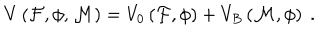
LaTeX: V \left( { \cal F } , { \cal \phi } , { \cal M } \right) = V _ { 0 } \left( { \cal F } , { \cal \phi } \right) + V _ { B } \left( { \cal M } , { \cal \phi } \right) \ .